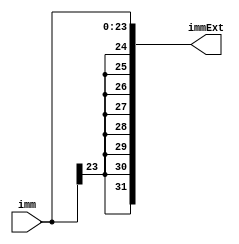
`timescale 1ns / 1ps
//
// Sign extends a 24-bit immediate to 32-bits
//
module sign_ext(
	input  [23:0]  imm,
	output [31:0] immExt
);

	assign immExt = {{8{imm[23]}}, imm};

endmodule